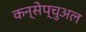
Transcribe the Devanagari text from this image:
कन्सेप्चुअल